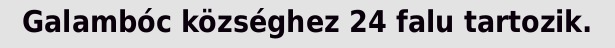
Galambóc községhez 24 falu tartozik.